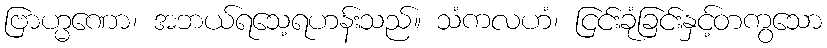
ဗြာဟ္မဏော၊ အဘယ်ရသေ့ရဟန်းသည်။ သံကလဟံ၊ ငြင်းခုံခြင်းနှင့်တကွသော